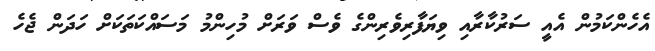
އެހެންކަމުން އެއީ ސަރުކާރާއި ވިޔަފާރިވެރިންގެ ވެސް ވަރަށް މުހިންމު މަސައްކަތަކަށް ހަދަން ޖެހެ